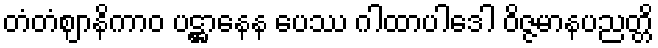
တံတံဈာနိကာဝ ပဋ္ဌာနေန ပေဿ ဂါထာပါဒေါ ဝိဇ္ဇမာနပညတ္တိ